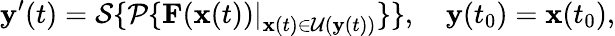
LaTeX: \mathbf{y}^{\prime}(t)=\mathcal{S}\{ \mathcal{P}\{ \left.\mathbf{F}(\mathbf{x}(t))\right|_{\mathbf{x}(t)\in\mathcal{U}(\mathbf{y}(t))}\} \} ,\quad\mathbf{y}(t_{0})=\mathbf{x}(t_{0}),